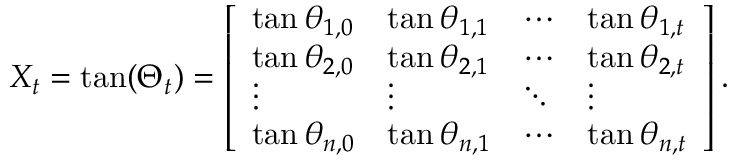
X _ { t } = \tan ( \Theta _ { t } ) = \left[ \begin{array} { l l l l } { \tan \theta _ { 1 , 0 } } & { \tan \theta _ { 1 , 1 } } & { \cdots } & { \tan \theta _ { 1 , t } } \\ { \tan \theta _ { 2 , 0 } } & { \tan \theta _ { 2 , 1 } } & { \cdots } & { \tan \theta _ { 2 , t } } \\ { \vdots } & { \vdots } & { \ddots } & { \vdots } \\ { \tan \theta _ { n , 0 } } & { \tan \theta _ { n , 1 } } & { \cdots } & { \tan \theta _ { n , t } } \end{array} \right] .